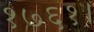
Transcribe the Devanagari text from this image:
१७६१।